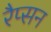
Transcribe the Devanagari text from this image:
रैप्सन